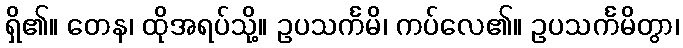
ရှိ၏။ တေန၊ ထိုအရပ်သို့။ ဥပသင်္ကမိ၊ ကပ်လေ၏။ ဥပသင်္ကမိတွာ၊